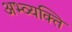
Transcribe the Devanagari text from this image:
अभ्व्यक्ति